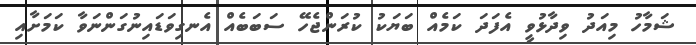
ޝަމާހު މިއަދު ވިދާޅުވީ އެފަދަ ކަމެއް ބަޔަކު ކުރަންޖެހޭ ސަބަބެއް އެނގިވަޑައިނުގަންނަވާ ކަމަށާއި